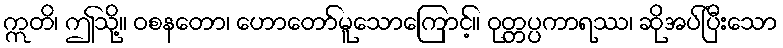
ဣတိ၊ ဤသို့။ ဝစနတော၊ ဟောတော်မူသောကြောင့်။ ဝုတ္တပ္ပကာရဿ၊ ဆိုအပ်ပြီးသော